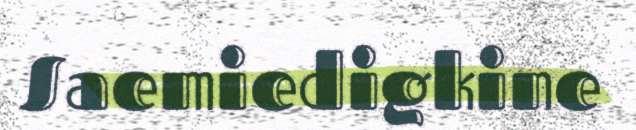
Saemiedigkine